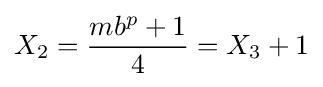
X_{2}={\frac {mb^{p}+1}{4}}=X_{3}+1